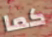
كما